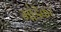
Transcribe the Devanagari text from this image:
भांडॆकर